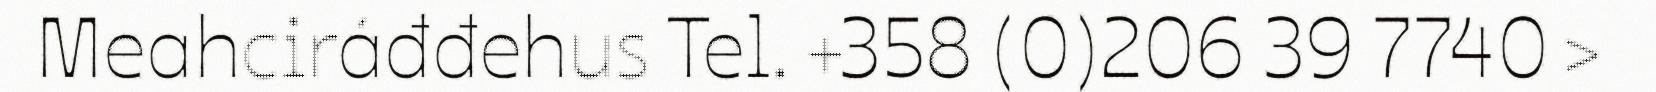
Meahciráđđehus Tel. +358 (0)206 39 7740 >